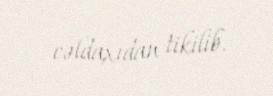
cəldaxıdan tikilib.